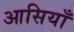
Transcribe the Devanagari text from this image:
आसियाँ